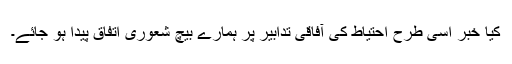
کیا خبر اسی طرح احتیاط کی آفاقی تدابیر پر ہمارے بیچ شعوری اتفاق پیدا ہو جائے۔